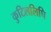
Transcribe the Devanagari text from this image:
कुटिललिपि